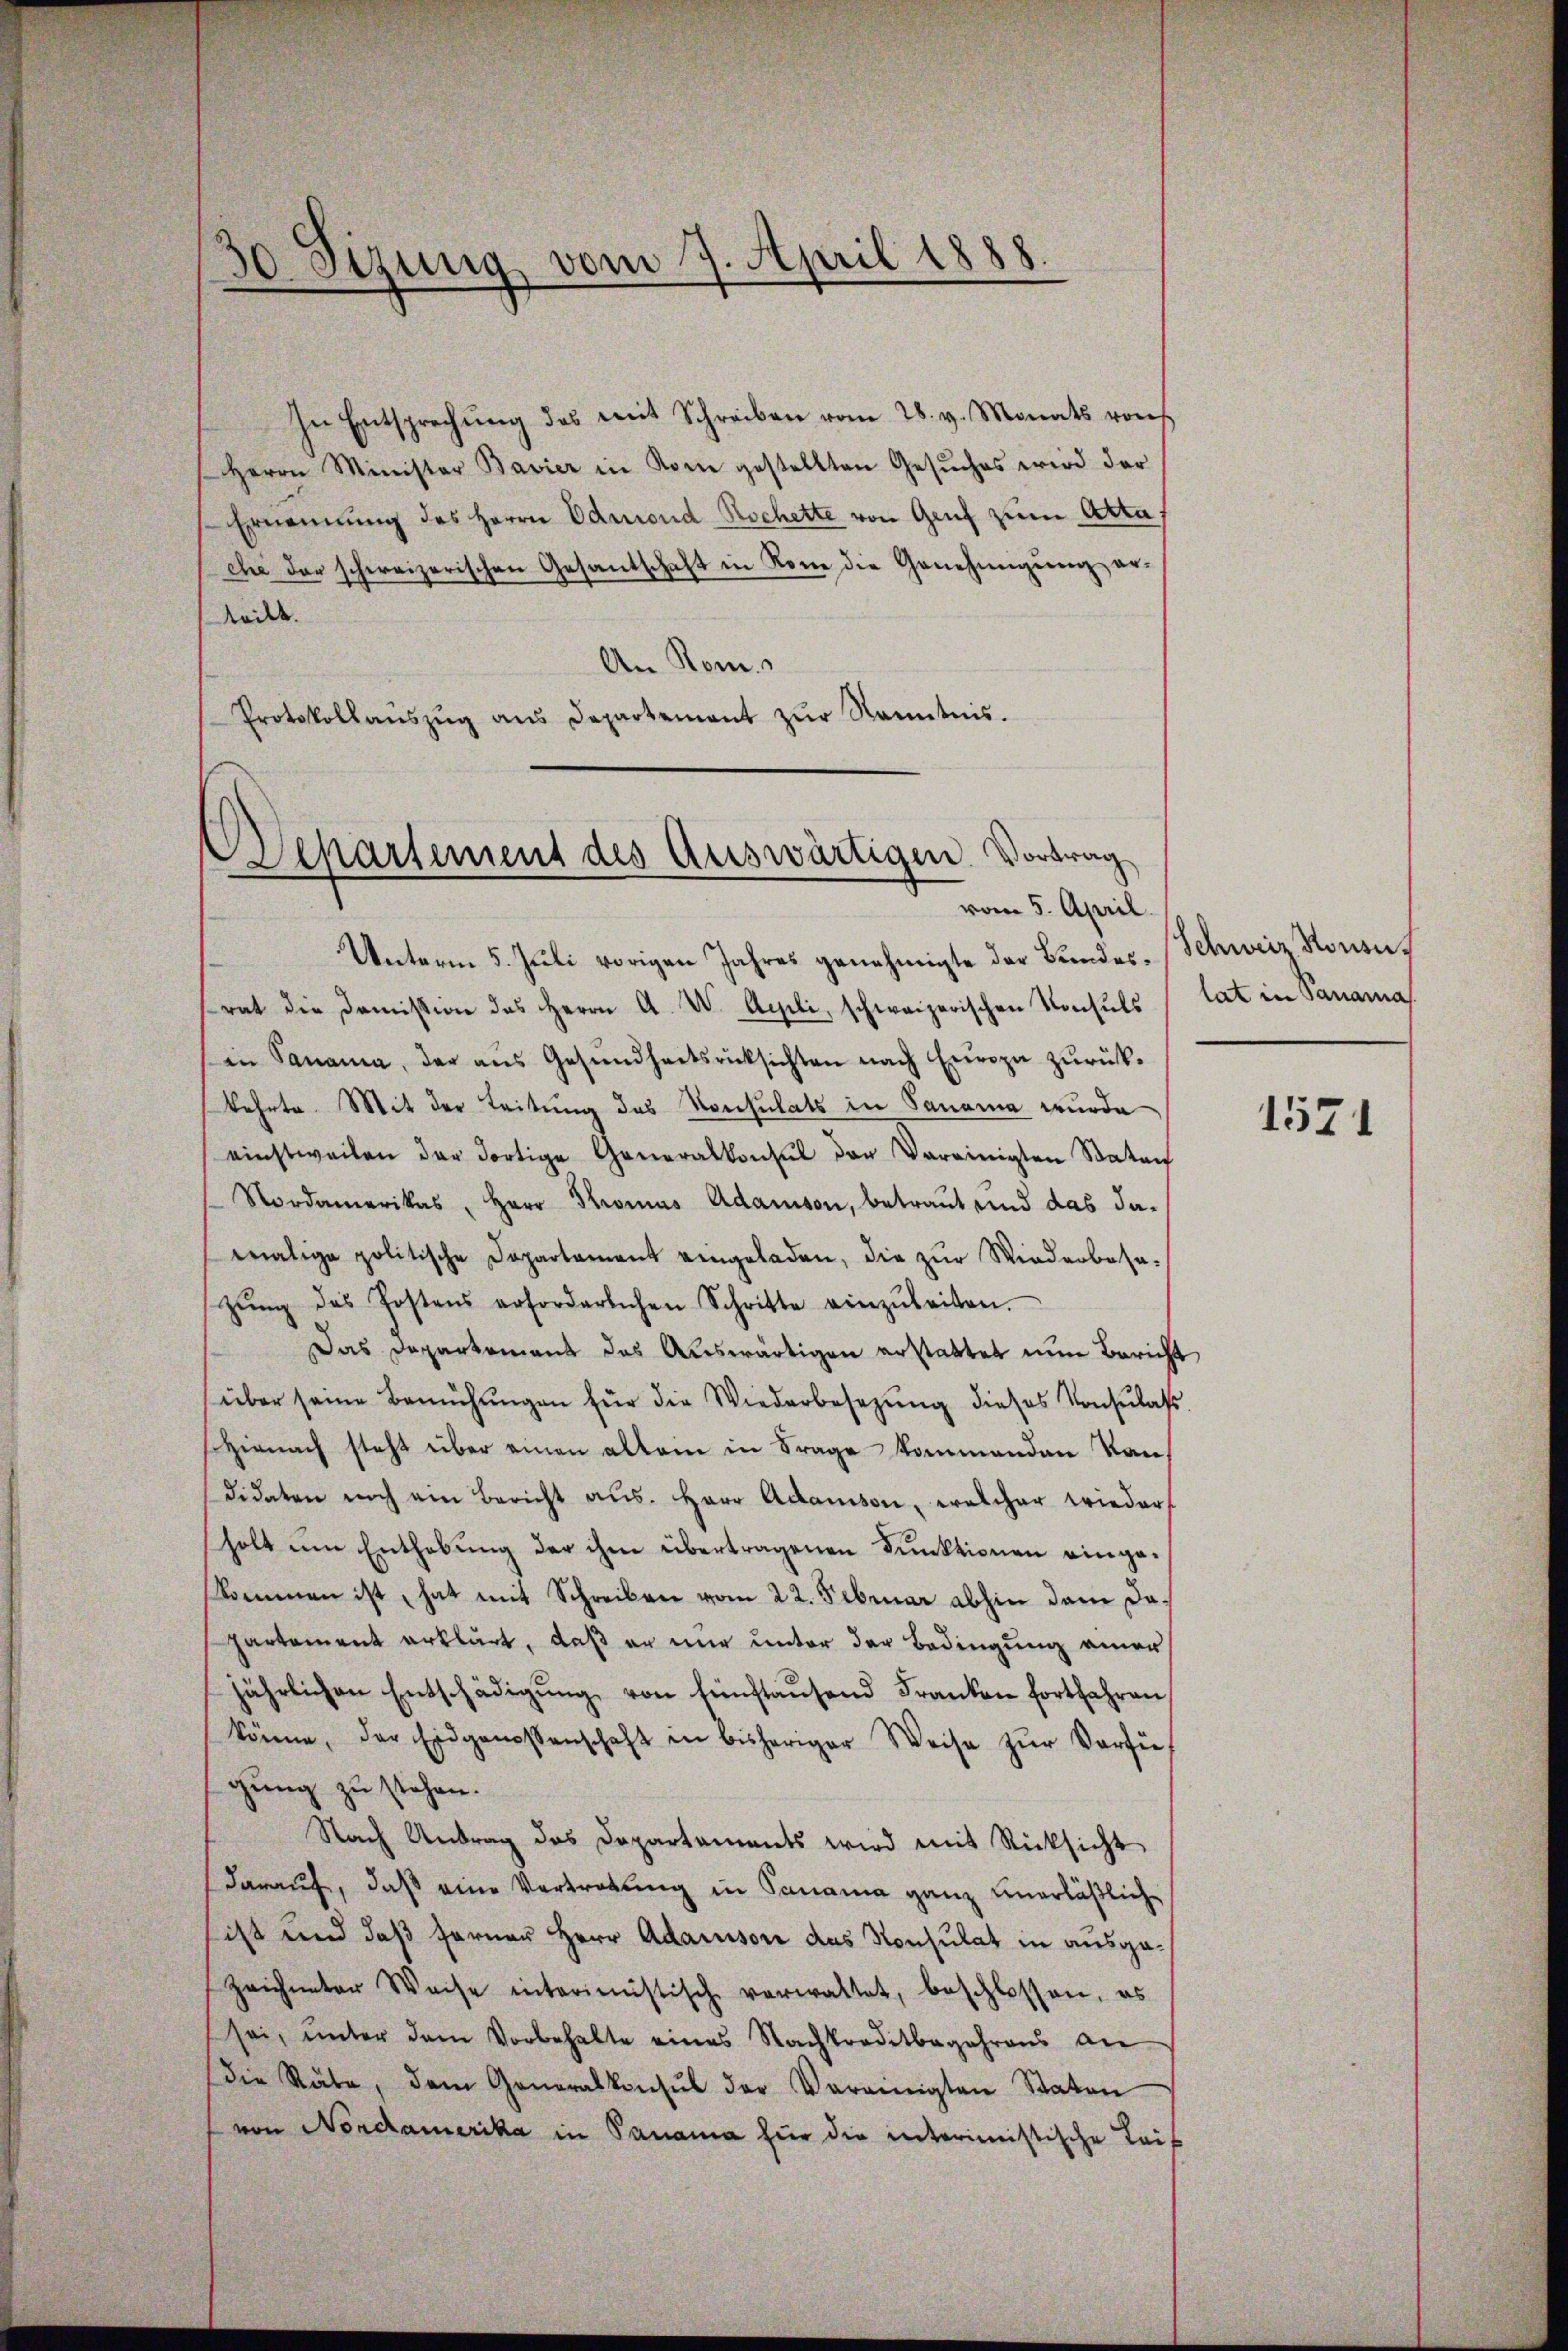
In Entsprechŭng des mit Schreiben vom 28. v. Monats von
Herrn Minister Bavier in Rom gestellten Gesuches wird der
Ernennung des Herrn Admond Rochette von Genf zum Atta,
che das schweizerischen Gesandschaft in Rome die Genehmigung erteilt.
An Rom.
Protokollaŭszŭg ans Departement zŭr Kenntnis.

30. Sezung vom 7. April 1888

Separtement des Auswärtigen. Vortrag
vom 5. April.

Unterm 5. Juli vorigen Jahres genehmigte der Bundesrat die Doṁission des Herrn A. W. Aeli, schweizerischen Konsuls
in Panama, der aus Gesundheitsrücksichten nach Europa zurückkehrte. Mit der Leitung des Konsulats in Sanana wurde
einstweilen der dortige Generalkonsul der Vereinigten Staten
Nordamerikas, Herr Thomas Adamson, betraut und das damalige politische Departament eingeladen, die zŭr Wiederbasa-
zŭng des Postens erforderlichen Schritte einzŭleiten.
Das Departement das Auswärtigen erstattet nun Bericht
über seine Bemühŭngen für die Wiederbesetzŭng dieses Konsulats
Hienach steht über einen allein in Frage kommenden Kandidaten noch ein Bericht aŭs. Herr Adamson, welcher wieder
holt um Enthebung der ihm übertragenen Funktionen eingekommen ist, hat mit Schreiben vom 22. Februar abhin dem dapartement erklärt, daß er nur unter der Bedingung einer
jährlichen Entschädigŭng von fünftaŭsend Franken fortfahren
könne, der Eidgenossenschaft in bisheriger Weise zŭr Verfü
gung zu stehen.
Nach Antrag das Departaments wird mit Rücksicht
darauf, daß eine Vertretung in Panama ganz unerläßliche
sist und daß ferner Herr Adamson das Konsulat in ausge¬
Zeichneter Weise interimistisch verwaltet, beschlossen, es
sei, unter dem Vorbehalte eines Nachtraditbegehrens an
die Räte, dem Generalkonsul der Vereinigten Staten
von Nordhamerika in Panama für die interimistische Leis

Schweiz. Konsu
lat in Panama

1571